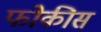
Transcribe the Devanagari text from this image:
फोकीस